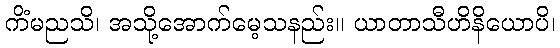
ကိံမညသိ၊ အသို့အောက်မေ့သနည်း။ ယာတာသီဟိနိယောပိ၊